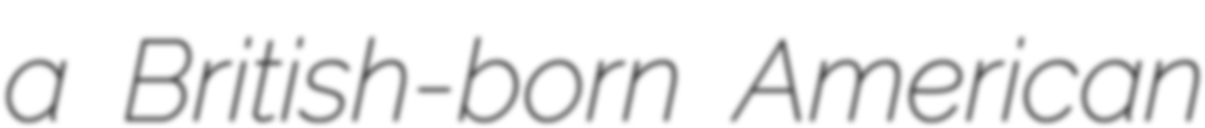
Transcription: a British-born American